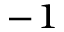
^ { - 1 }